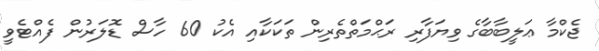
ޖެކްމާ ޢަލީބާބާގެ ވިޔަފާރި ރަޙްމަތްތެރިން ތަކަކާއި އެކު 60 ހާސް ޑޮލަރުން ފެއްޓެވީ